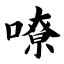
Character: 嘹